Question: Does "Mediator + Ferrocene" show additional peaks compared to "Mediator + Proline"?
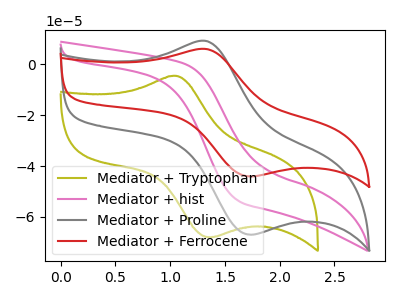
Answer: <think>The olive curve "Mediator + Tryptophan" has an anodic peak at (1.05V, -4.50uA) and a cathodic peak at (1.40V, -67.95uA). The pink curve "Mediator + hist" has no peaks. The gray curve "Mediator + Proline" has an anodic peak at (1.35V, 9.20uA) and a cathodic peak at (1.75V, -67.00uA). The red curve "Mediator + Ferrocene" has an anodic peak at (1.35V, 6.05uA) and a cathodic peak at (1.75V, -44.05uA).
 All the peaks in "Mediator + Ferrocene" have a peak in "Mediator + Proline" at the same potential. Every peak in "Mediator + Ferrocene" is lower than every peak in "Mediator + Proline".</think>
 <answer>No, "Mediator + Ferrocene" and "Mediator + Proline" don't appear to be significantly different in shape</answer>
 <eval>no_change</eval>